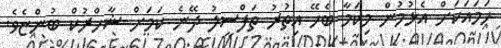
ހަމައަކަށް އެޅުމުން މިކަމާ ބެހޭ އިތުރު ތަފްސީލު ދޭނެ ކަމަށް ޝާހްރުކް ބުންޏެވެ.